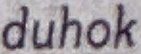
duhok